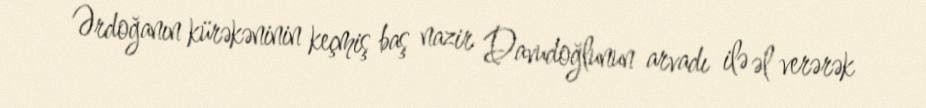
Ərdoğanın kürəkəninin keçmiş baş nazir Davudoğlunun arvadı ilə əl verərək